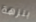
بنزهة